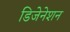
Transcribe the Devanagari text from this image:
डिजेनेशन